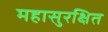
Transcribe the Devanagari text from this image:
महासुरक्षित